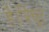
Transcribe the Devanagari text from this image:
है।त्रिचूर